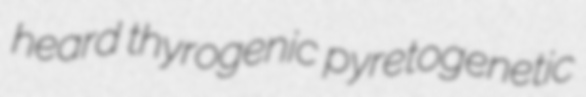
heard thyrogenic pyretogenetic